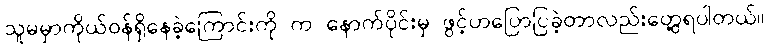
သူမမှာကိုယ်ဝန်ရှိနေခဲ့ကြောင်းကို က နောက်ပိုင်းမှ ဖွင့်ဟပြောပြခဲ့တာလည်းတွေ့ရပါတယ်။